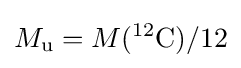
M_{\text{u}}=M({}^{12}{\text{C}})/12